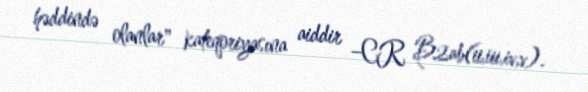
həddində olanlar" kateqoriyasına aiddir –CR B2ab(ii,iii,iv,v).